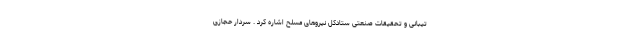
تیبانی و تحقیقات صنعتی ستادکل نیروهای مسلح اشاره کرد . سردار حجازی